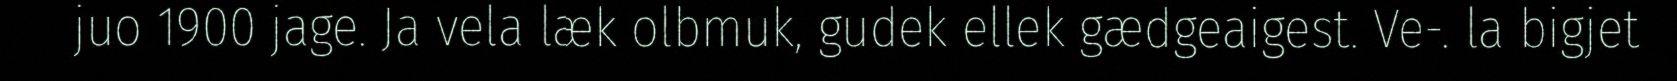
juo 1900 jage. Ja vela læk olbmuk, gudek ellek gædgeaigest. Ve-. la bigjet